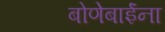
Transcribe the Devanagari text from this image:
बोणेबाईंना